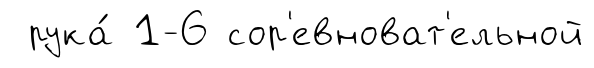
рука́ 1-6 сор'евноват'ельной